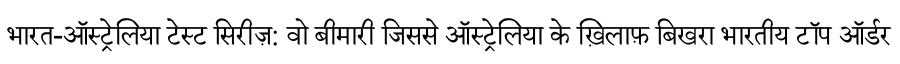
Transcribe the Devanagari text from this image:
भारत-ऑस्ट्रेलिया टेस्ट सिरीज़: वो बीमारी जिससे ऑस्ट्रेलिया के ख़िलाफ़ बिखरा भारतीय टॉप ऑर्डर